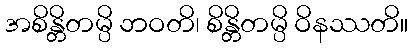
အစိန္တိတမ္ပိ ဘဝတိ၊ စိန္တိတမ္ပိ ဝိနဿတိ။